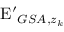
\mathrm { E ^ { \prime } } _ { G S A , z _ { k } }